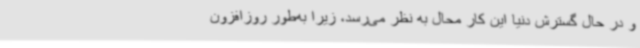
و در حال گسترش دنیا این کار محال به نظر می‌رسد، زیرا به‌طور روزافزون